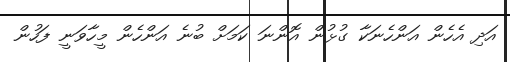
އަދި އެހެން އަންހެނަކާ ގުޅުން އޮންނަ ކަމަށް ބުނެ އަންހެން މީހާވަނީ ފަހުން